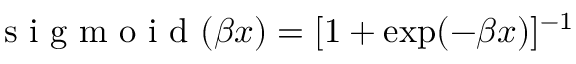
\mathrm { ~ s ~ i ~ g ~ m ~ o ~ i ~ d ~ } ( \beta x ) = [ 1 + \exp ( - \beta x ) ] ^ { - 1 }